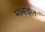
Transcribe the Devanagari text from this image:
माबाइल